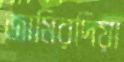
জামিরদিয়া